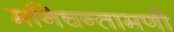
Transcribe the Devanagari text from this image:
मनिचन्तामणी